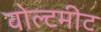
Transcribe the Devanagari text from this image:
वोल्टमीट